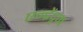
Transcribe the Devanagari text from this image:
एन्द्रेंदृम